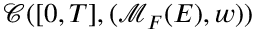
\mathcal { C } ( [ 0 , T ] , ( \mathcal { M } _ { F } ( E ) , w ) )